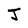
Character: J